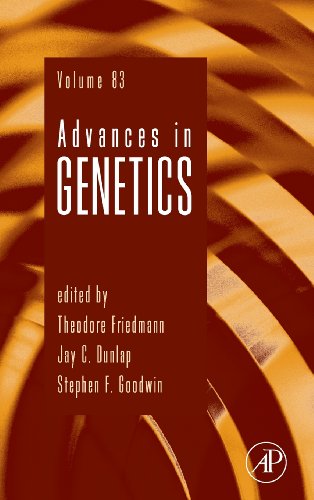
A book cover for Advances in Genetics, Volume 83; Medical Books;